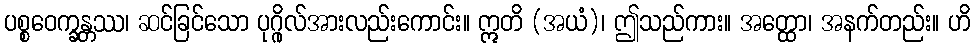
ပစ္စဝေက္ခန္တဿ၊ ဆင်ခြင်သော ပုဂ္ဂိုလ်အားလည်းကောင်း။ ဣတိ (အယံ)၊ ဤသည်ကား။ အတ္ထော၊ အနက်တည်း။ ဟိ